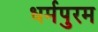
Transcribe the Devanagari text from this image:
धर्मपुरम